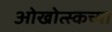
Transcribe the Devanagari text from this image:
ओखोत्स्कच्या